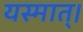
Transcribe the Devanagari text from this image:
यस्मात्।